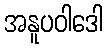
အနူပဝါဒေါ